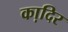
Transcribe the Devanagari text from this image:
का़दिर